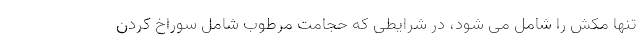
تنها مکش را شامل می شود، در شرایطی که حجامت مرطوب شامل سوراخ کردن